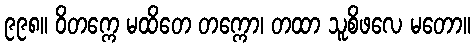
၉၉၈။ ဝိတက္ကေ မထိတေ တက္ကော၊ တထာ သူစိဖလေ မတော။